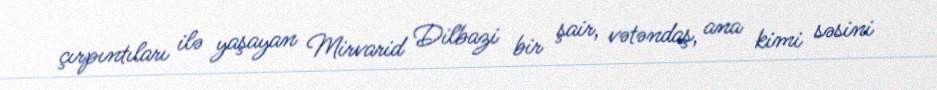
çırpıntıları ilə yaşayan Mirvarid Dilbazi bir şair, vətəndaş, ana kimi səsini